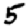
Digit: 5